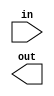
//#############################################################################
//# Function: Calculates parity value for                                     #
//#############################################################################
//# Author:   Andreas Olofsson                                                #
//# License:  MIT (see LICENSE file in OH repository)                         # 
//#############################################################################

module oh_parity #( parameter DW      = 2 // data width
		 ) 
   (
    input [DW-1:0] in,  // data input
    output 	   out // calculated parity bit
    );
 
  assign  parity = ^in[DW-1:0];
   
endmodule // oh_parity